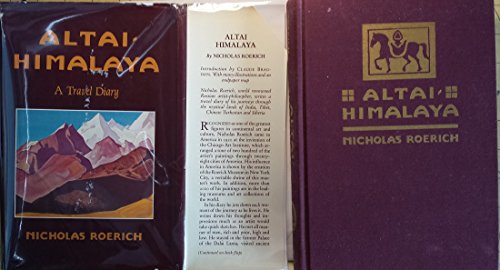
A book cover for Altai-Himalaya: A Travel Diary; Nicholas. ROERICH; Science & Math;